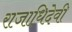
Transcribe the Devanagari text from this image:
राजाधिदेवी